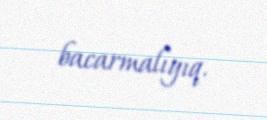
bacarmalıyıq.